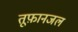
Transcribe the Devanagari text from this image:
तूफ़ानजल